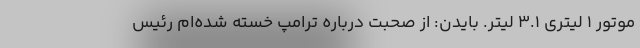
موتور 1 لیتری 3.1 لیتر. بایدن: از صحبت درباره ترامپ خسته شده‌ام رئیس